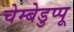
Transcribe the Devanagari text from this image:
चेम्बेडुप्पू